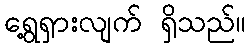
ရွေ့ရှားလျက် ရှိသည်။